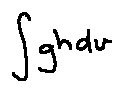
\int g h d v